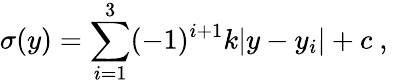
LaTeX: \sigma(y)=\sum_{i=1}^{3}(-1)^{i+1}k|y-y_{i}|+c~,~\,